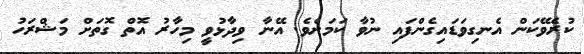
ކުރެވޭކަން އެނގިވަޑައިގެންފައި ނުވާ ކަމަށެވެ. އޭނާ ވިދާޅުވީ މިހާރު އޮތް ގޮތަށް މަޝްރަހު